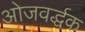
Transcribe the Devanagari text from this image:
ओजवर्द्धक